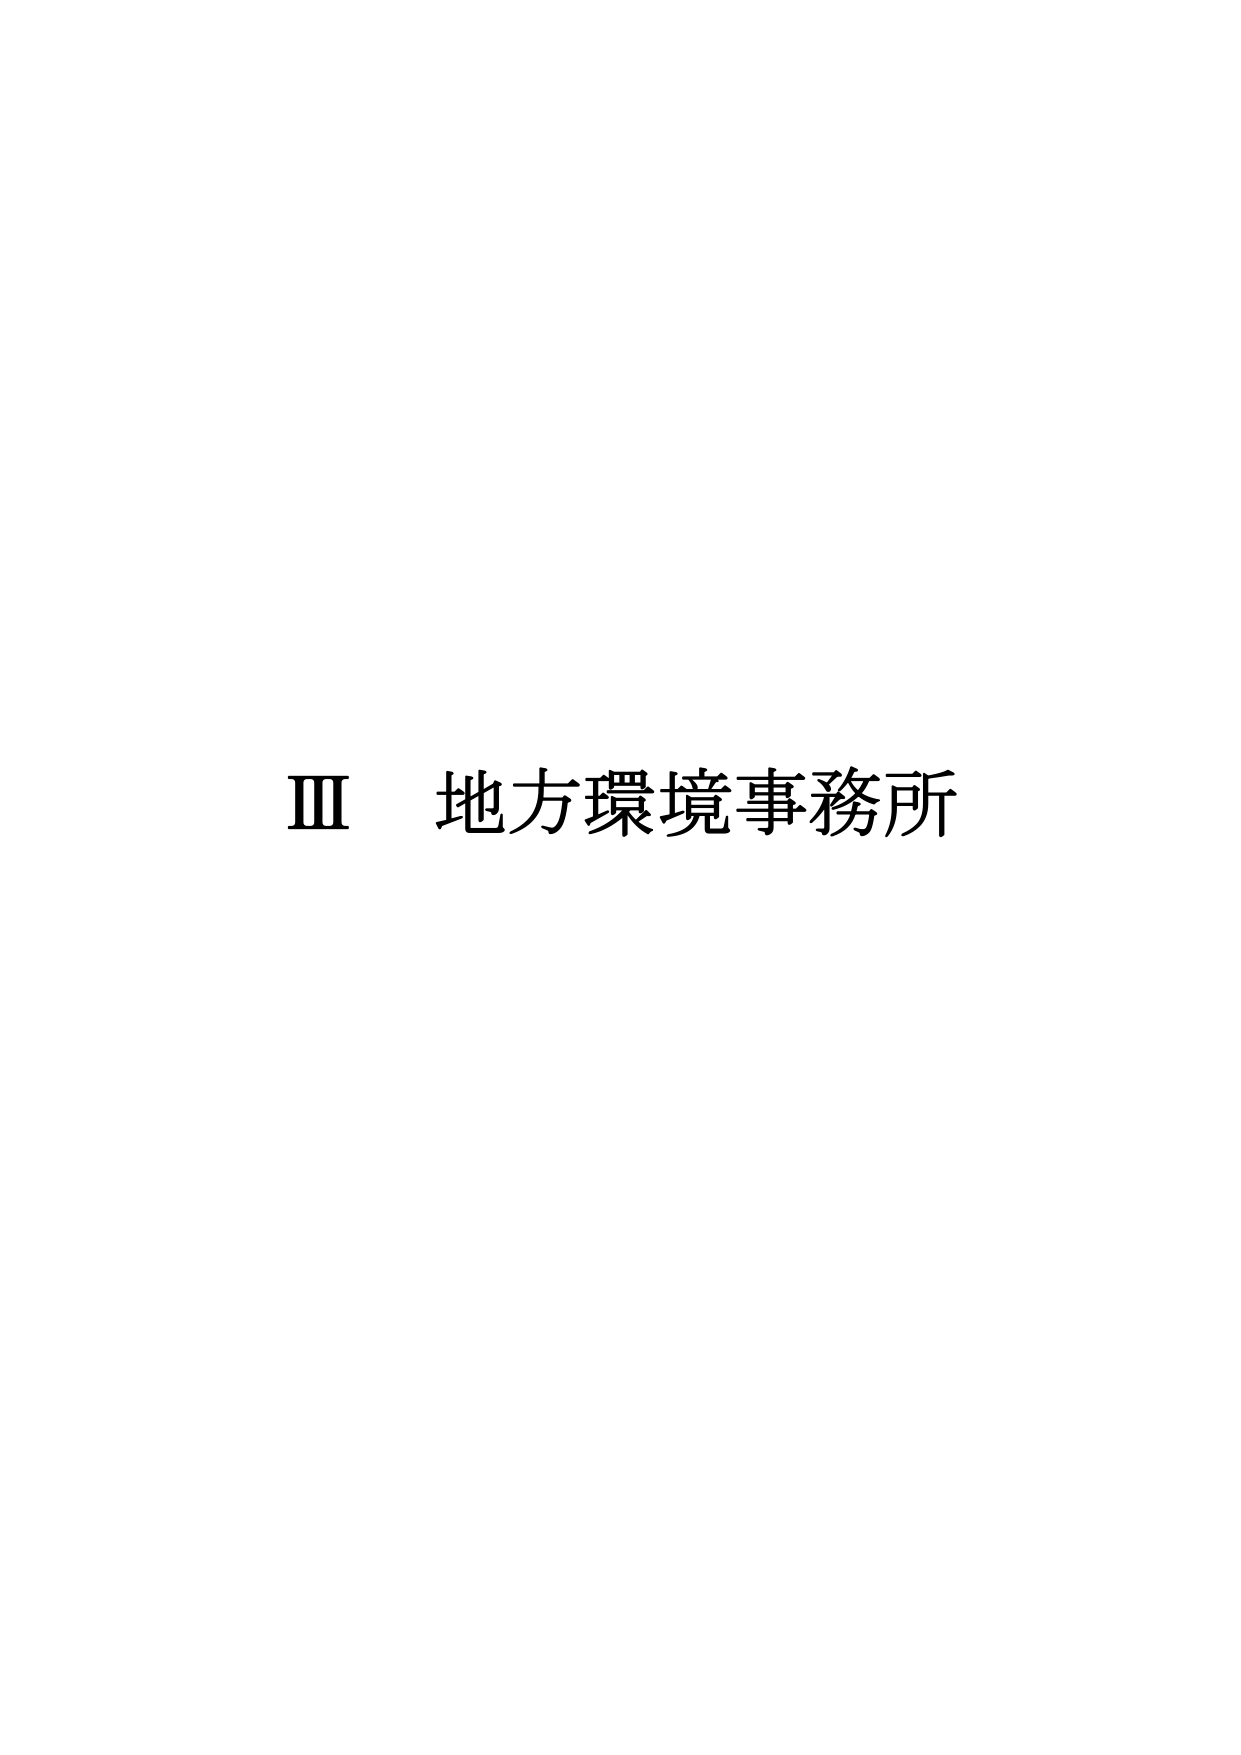
Ⅲ 地方環境事務所